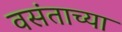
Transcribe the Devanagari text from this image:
वसंताच्या